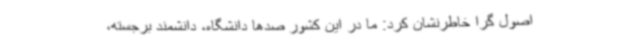
اصول گرا خاطرنشان کرد: ما در این کشور صدها دانشگاه، دانشمند برجسته،